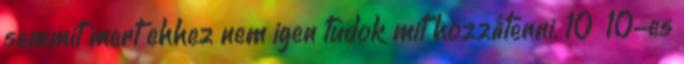
semmit mert ehhez nem igen tudok mit hozzátenni. 10 10-es